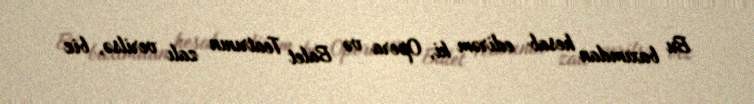
Bu baxımdan hesab edirəm ki, Opera və Balet Teatrının zalı verilsə, biz